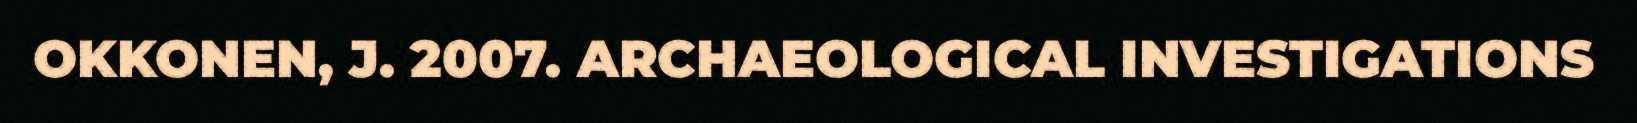
OKKONEN, J. 2007. ARCHAEOLOGICAL INVESTIGATIONS